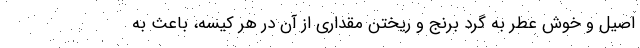
اصیل و خوش عطر به گرد برنج و ریختن مقداری از آن در هر کیسه، باعث به